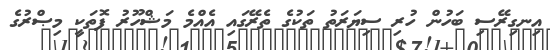
އިނގިރޭސި ބަހުން ހުރި ސިޔަރަތު ތަކުގެ ތެރޭގައި އެއްމެ މަޝްހޫރު ފޮތަކީ މިޞްރުގެ